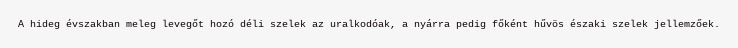
A hideg évszakban meleg levegőt hozó déli szelek az uralkodóak, a nyárra pedig főként hűvös északi szelek jellemzőek.